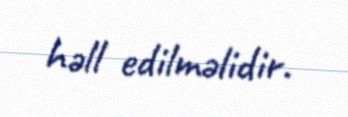
həll edilməlidir.